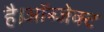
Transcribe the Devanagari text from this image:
है।ऑब्जेक्ट